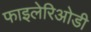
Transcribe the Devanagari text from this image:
फाइलेरिओडी